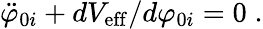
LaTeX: {\ddot{\varphi}_{0i}}+dV_{\mathrm{eff}}/d\varphi_{0i}=0\; .